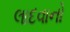
લાદવાનો